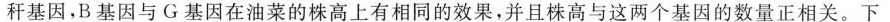
秆基因，B基因与G基因在油菜的株高上有相同的效果，并且株高与这两个基因的数量正相关。下